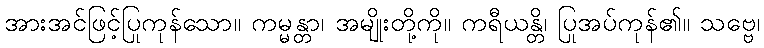
အားအင်ဖြင့်ပြုကုန်သော။ ကမ္မန္တာ၊ အမျိုးတို့ကို။ ကရီယန္တိ၊ ပြုအပ်ကုန်၏။ သဗ္ဗေ၊